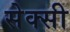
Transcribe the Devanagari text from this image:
सेक्‍सी